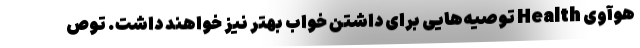
هوآوی Health توصیه‌هایی برای داشتن خواب بهتر نیز خواهند داشت. توص